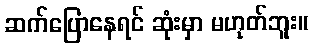
ဆက်ပြောနေရင် ဆုံးမှာ မဟုတ်ဘူး။